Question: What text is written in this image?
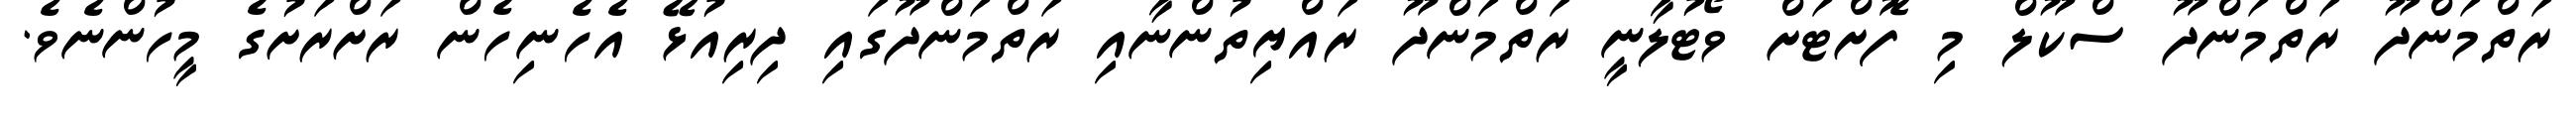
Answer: ރަތްމަންދޫ ރަތްމަންދޫ ސްކޫލް މި ފޮށްޓަށް ވޯޓުލާނީ ރަތްމަންދޫ ރައްޔިތުންނާއި ރަތްމަންދޫގައި ދިރިއުޅޭ އެހެނިހެން ރަށްރަށުގެ މީހުންނެވެ.